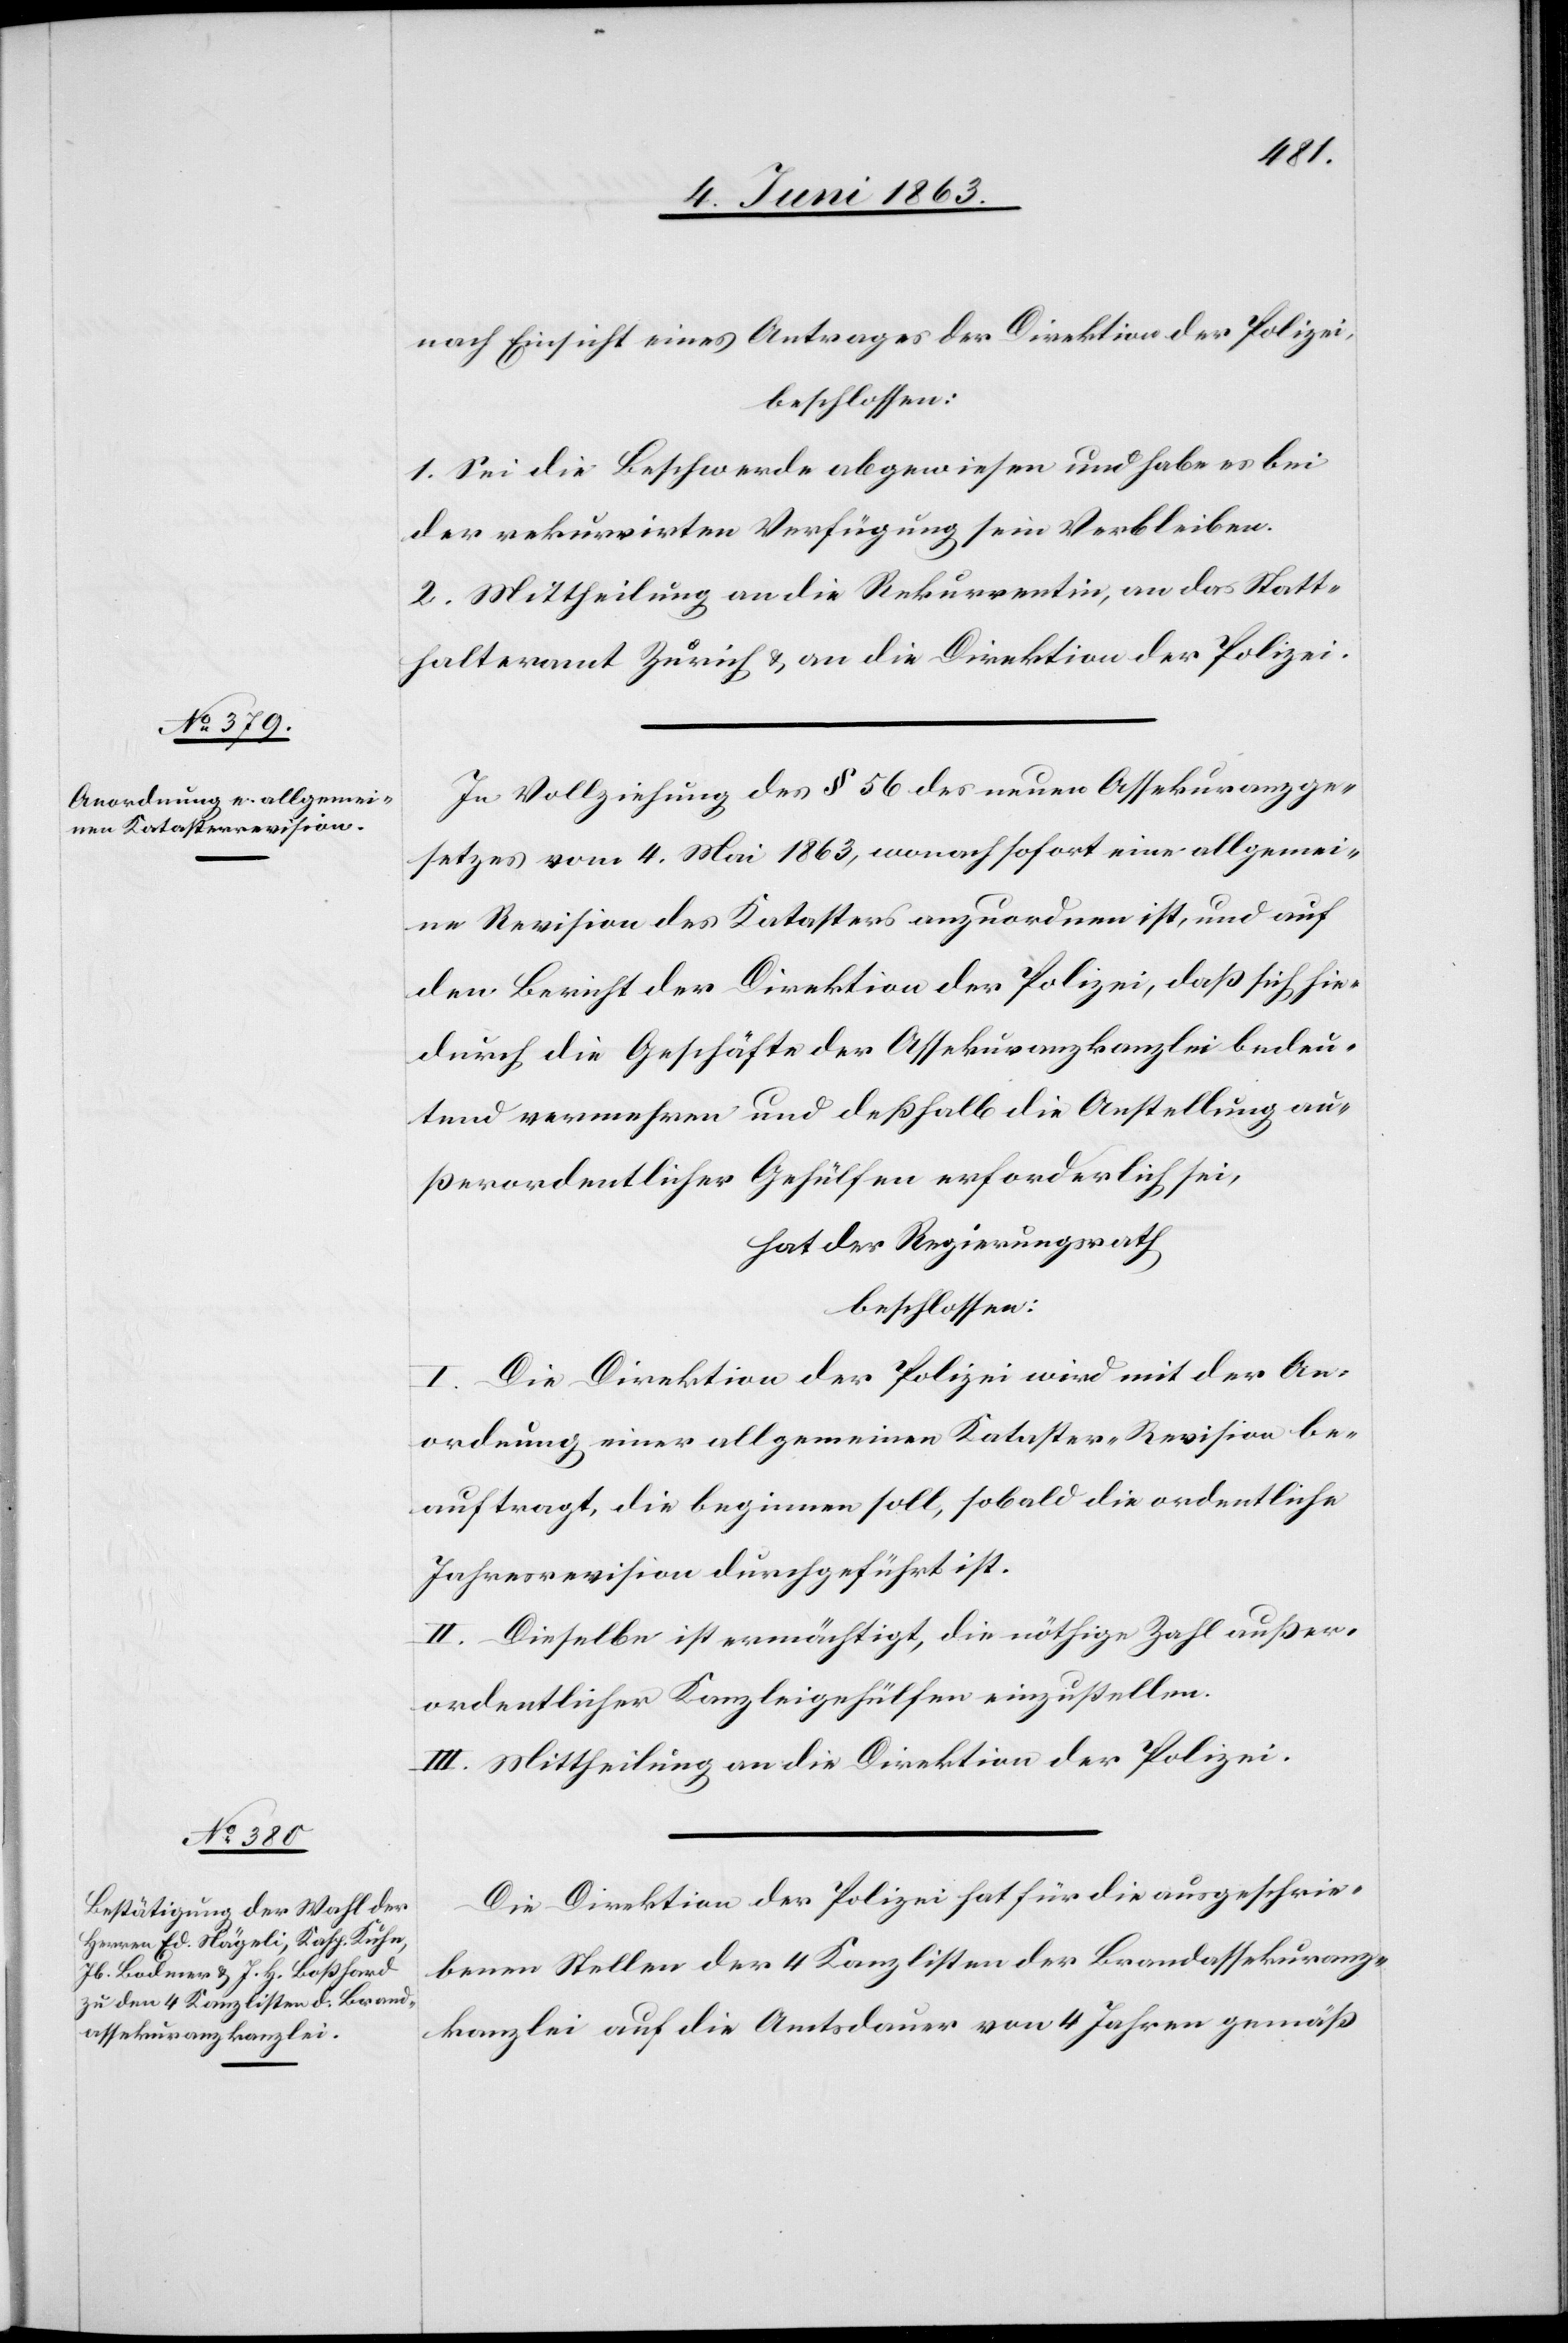
nach Einsicht eines Antrages der Direktion der Polizei,
beschlossen:
1. Sei die Beschwerde abgewiesen und habe es bei
der rekurrirten Verfügung sein Verbleiben.
2. Mittheilung an die Rekurrentin, an das Statt¬
halteramt Zürich und an die Direktion der Polizei.
In Vollziehung des § 56 des neuen Assekuranzge¬
setzes vom 4. Mai 1863, wonach sofort eine allgemei¬
ne Revision des Katasters anzuordnen ist, und auf
den Bericht der Direktion der Polizei, daß sich hie¬
durch die Geschäfte der Assekuranzkanzlei bedeu¬
tend vermehren und deßhalb die Anstellung au¬
ßerordentlicher Gehülfen erforderlich sei,
hat der Regierungsrath
beschlossen:
I. Die Direktion der Polizei wird mit der An¬
ordnung einer allgemeinen Kataster-Revision be¬
auftragt, die beginnen soll, sobald die ordentliche
Jahresrevision durchgeführt ist.
II. Dieselbe ist ermächtigt, die nöthige Zahl außer¬
ordentlicher Kanzleigehülfen einzustellen.
III. Mittheilung an die Direktion der Polizei.
Die Direktion der Polizei hat für die ausgeschrie¬
benen Stellen der 4 Kanzlisten der Brandassekuranz¬
kanzlei auf die Amtsdauer von 4 Jahren gemäß